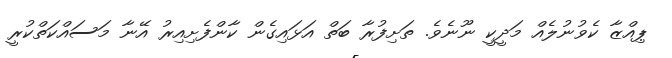
ޕިއްޒާ ކެވުނުލެއް މަދީކީ ނޫނެވެ. ތަށިފުރާ ބަތް އަޅައިގެން ކާންފެށިއިރު އޭނާ މަސައްކަތްކުރީ